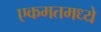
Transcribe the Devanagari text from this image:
एकमतमध्ये